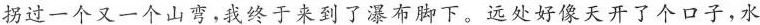
拐过一个又一个山弯，我终于来到了瀑布脚下。远处好像天开了个口子，水